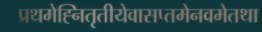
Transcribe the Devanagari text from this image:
प्रथमेह्नितृतीयेवासप्तमेनवमेतथा